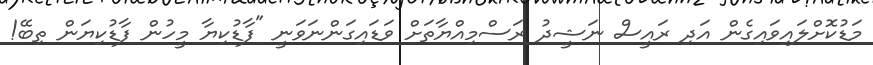
މަޑުކޮށްލައިވައިގެން އަދި ރައީސް ނަޝީދު ރަސްމިއްޔާތަށް ވަޑައިގަންނަވަނީ "ފާޑުކިޔާ މީހުން ފާޑުކިޔަން ތިބޭ!